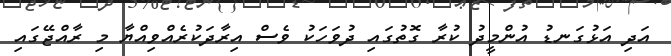
އަދި އަޅުގަނޑު އުންމީދު ކުރާ ގޮތުގައި ދުވަހަކު ވެސް އިރާދަކުރެއްވިއްޔާ މި ރާއްޖޭގައި